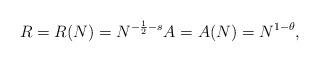
LaTeX: \begin{align*}R = R(N) = N^{-\frac 12 - s} A = A(N) = N^{1 - \theta}, \end{align*}